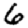
Digit: 6